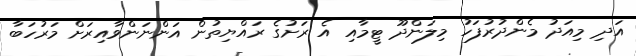
އަދި މިއަދު މެންދުރުފަހު މިލަންދޫ ޓީމާއި އެ ރަށުގެ ރައްޔިތުން އަންނަންވާއިރަށް މަރުހަބާ